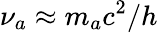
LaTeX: \nu_{a}\approx m_{a}c^{2}/h